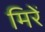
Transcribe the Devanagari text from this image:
मिरें